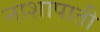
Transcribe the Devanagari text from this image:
नाशापाती